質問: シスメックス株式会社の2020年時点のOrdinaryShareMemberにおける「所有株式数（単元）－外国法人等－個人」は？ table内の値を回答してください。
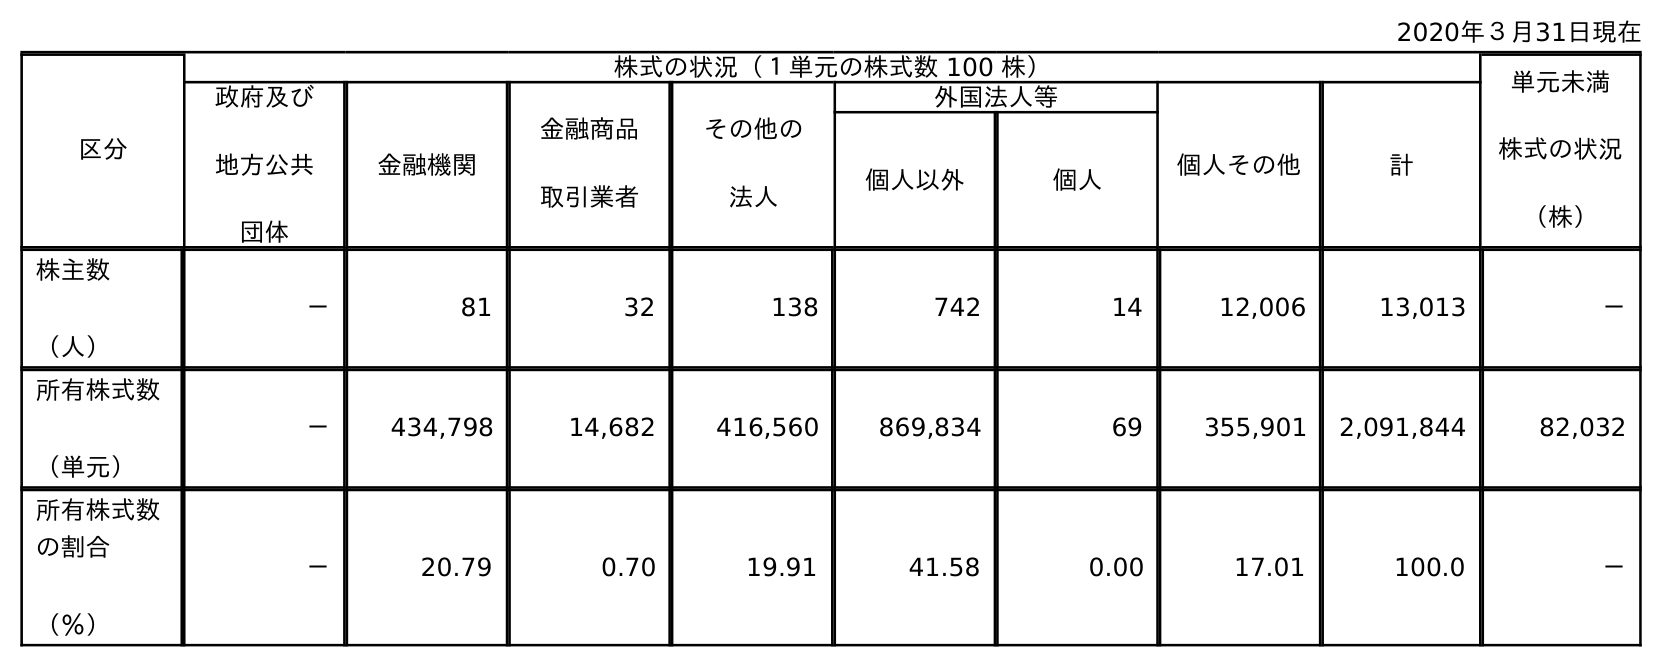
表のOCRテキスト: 2020年３月31日現在 区分 株式の状況（１単元の株式数 100 株） 単元未満 株式の状況 （株） 政府及び 地方公共 団体 金融機関 金融商品 取引業者 その他の 法人 外国法人等 個人その他 計 個人以外 個人 株主数 （人） － 81 32 138 742 14 12,006 13,013 － 所有株式数 （単元） － 434,798 14,682 416,560 869,834 69 355,901 2,091,844 82,032 所有株式数 の割合 （％） － 20.79 0.70 19.91 41.58 0.00 17.01 100.0 －
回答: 69